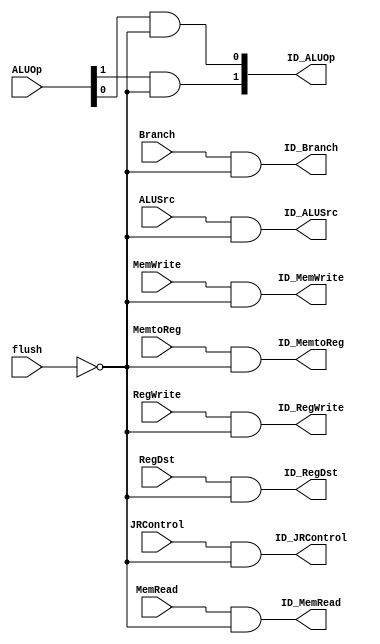
`timescale 1 ps / 100 fs
module flush_block(
ID_RegDst,ID_ALUSrc, ID_MemtoReg,ID_RegWrite,ID_MemRead,ID_MemWrite,
ID_Branch,ID_ALUOp,ID_JRControl,flush,RegDst,ALUSrc,MemtoReg,RegWrite,
MemRead,MemWrite,Branch,ALUOp,JRControl);

output ID_RegDst,ID_ALUSrc,ID_MemtoReg,ID_RegWrite,ID_MemRead,ID_MemWrite,ID_Branch,ID_JRControl;
output [1:0] ID_ALUOp;
input flush,RegDst,ALUSrc,MemtoReg,RegWrite,MemRead,MemWrite,Branch,JRControl;
input [1:0] ALUOp;

not #50 (notflush,flush);
and #50 and1(ID_RegDst,RegDst,notflush);
and #50 and2(ID_ALUSrc,ALUSrc,notflush);
and #50 and3(ID_MemtoReg,MemtoReg,notflush);
and #50 and4(ID_RegWrite,RegWrite,notflush);
and #50 and5(ID_MemRead,MemRead,notflush);
and #50 and6(ID_MemWrite,MemWrite,notflush);
and #50 and7(ID_Branch,Branch,notflush);
and #50 and8(ID_JRControl,JRControl,notflush);
and #50 and9(ID_ALUOp[1],ALUOp[1],notflush);
and #50 and10(ID_ALUOp[0],ALUOp[0],notflush);
endmodule
`timescale 1 ps / 100 fs
module Discard_Instr(ID_flush,IF_flush,jump,bne,jr);
output ID_flush,IF_flush;
input jump,bne,jr;
or #50 OR1(IF_flush,jump,bne,jr);
or #50 OR2(ID_flush,bne,jr);
endmodule